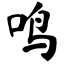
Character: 鸣